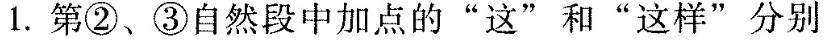
1.第②、③自然段中加点的“这”和“这样”分别